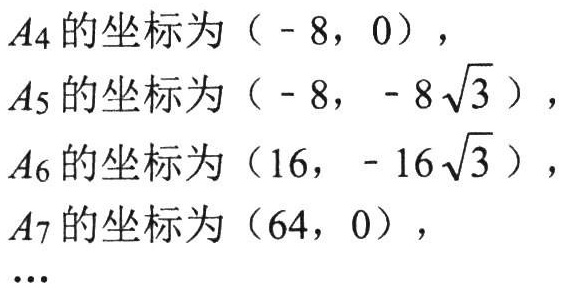
$A_4的坐标为（- 8，0），

A_5的坐标为（- 8，- 8\sqrt{3}），

A_6的坐标为（16，- 16\sqrt{3}），

A_7的坐标为（64，0），

\cdots$